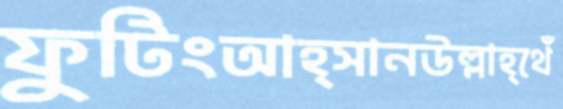
ফুটিংআহ্সানউল্লাহ্থেঁ